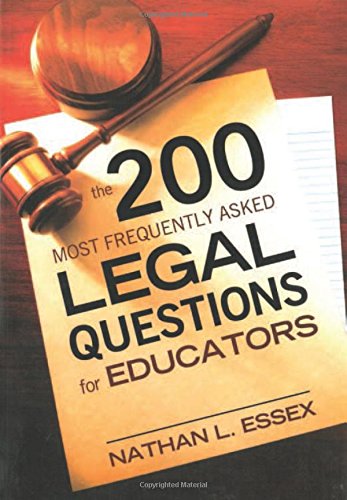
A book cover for The 200 Most Frequently Asked Legal Questions for Educators; Nathan L. Essex; Law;